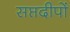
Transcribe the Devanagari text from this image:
सप्तदीपों